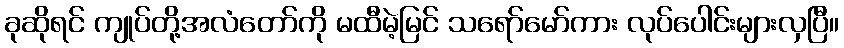
ခုဆိုရင် ကျုပ်တို့အလံတော်ကို မထီမဲ့မြင် သရော်မော်ကား လုပ်ပေါင်းများလှပြီ။